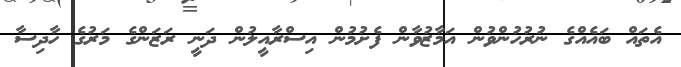
އެތައް ބައެއްގެ ނުރުހުންވުން އަމާޒުވާން ފެށުމުން އިސްރާއީލުން ދަނީ ރަޒަންގެ މަރުގެ ހާދިސާ